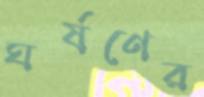
ঘর্ষণের